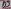
Text: D8